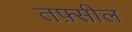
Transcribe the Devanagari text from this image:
तफ़्सील